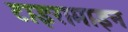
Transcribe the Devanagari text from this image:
टाइरामाइन